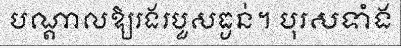
បណ្តាលឱ្យរងរបួសធ្ងន់។ បុរសទាំង